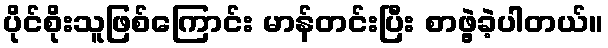
ပိုင်စိုးသူဖြစ်ကြောင်း မာန်တင်းပြီး စာဖွဲ့ခဲ့ပါတယ်။